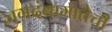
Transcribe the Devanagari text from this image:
जगदंबामातेची